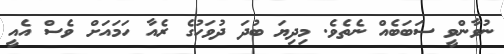
ނުވާންވީ ސަބަބެއް ނެތެވެ. މިދިޔަ ބުދަ ދުވަހުގެ ރެއާ ހަމައަށް ވެސް އެއީ